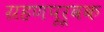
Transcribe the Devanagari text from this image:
ग्रहणपूर्वक